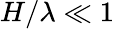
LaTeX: H/\lambda\ll 1